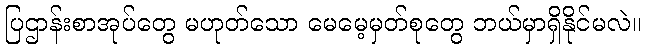
ပြဌာန်းစာအုပ်တွေ မဟုတ်သော မေမေ့မှတ်စုတွေ ဘယ်မှာရှိနိုင်မလဲ။